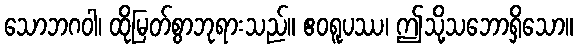
သောဘဂဝါ၊ ထိုမြတ်စွာဘုရားသည်။ ဧဝရူပဿ၊ ဤသို့သဘောရှိသော။